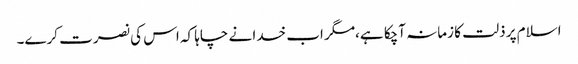
اسلام پر ذلت کا زمانہ آچکا ہے،مگر اب خدا نے چاہا کہ اس کی نصرت کرے۔